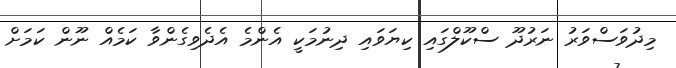
މިދުވަސްވަރު ނަރުދޫ ސްކޫލްގައި ކިޔަވައި ދިނުމަކީ އެންމެ އެދެވިގެންވާ ކަމެއް ނޫން ކަމަށް